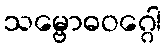
သမ္ဗောဓဝဂ္ဂေါ